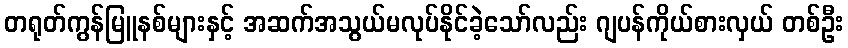
တရုတ်ကွန်မြူနစ်များနှင့် အဆက်အသွယ်မလုပ်နိုင်ခဲ့သော်လည်း ဂျပန်ကိုယ်စားလှယ် တစ်ဦး